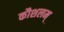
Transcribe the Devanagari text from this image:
कौशलम्‌